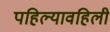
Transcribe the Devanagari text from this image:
पहिल्यावहिली